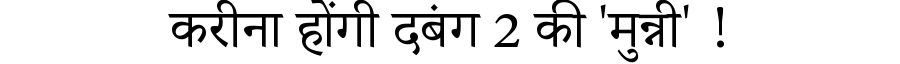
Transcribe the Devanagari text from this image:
करीना होंगी दबंग 2 की 'मुन्नी' !